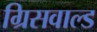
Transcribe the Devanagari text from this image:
ग्रिसवाल्ड